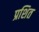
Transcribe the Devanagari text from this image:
प्रशित